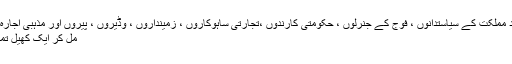
اس نومولود مملکت کے سیاستدانوں ، فوج کے جنرلوں ، حکومتی کارندوں ،تجارتی ساہوکاروں ، زمینداروں ، وڈیروں ، پیروں اور مذہبی اجارہ داروں نے
مل کر ایک کھیل تماشہ بنا لیا ۔